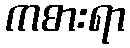
ကစားရာ